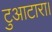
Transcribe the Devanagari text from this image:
टुआटारा।